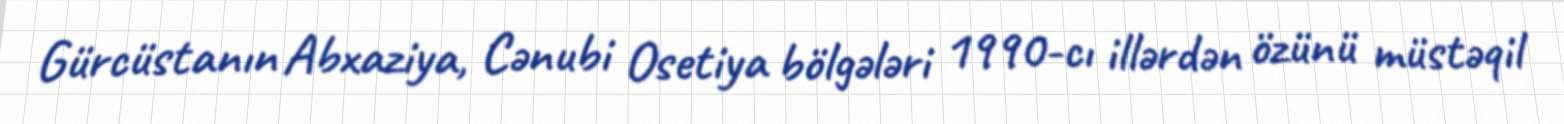
Gürcüstanın Abxaziya, Cənubi Osetiya bölgələri 1990-cı illərdən özünü müstəqil